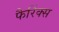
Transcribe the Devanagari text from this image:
फैरिंक्स